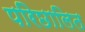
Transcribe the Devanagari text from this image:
परिछालित